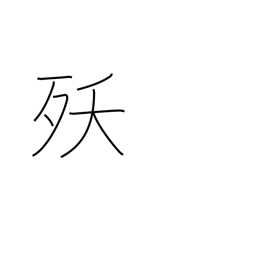
Meaning: dying young